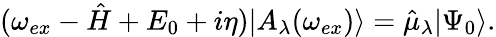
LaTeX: \begin{array}{r}{(\omega_{ex}-\hat{H}+E_{0}+i\eta)|A_{\lambda}(\omega_{ex})\rangle=\hat{\mu}_{\lambda}|\Psi_{0}\rangle.}\end{array}